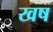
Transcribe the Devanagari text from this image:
खष